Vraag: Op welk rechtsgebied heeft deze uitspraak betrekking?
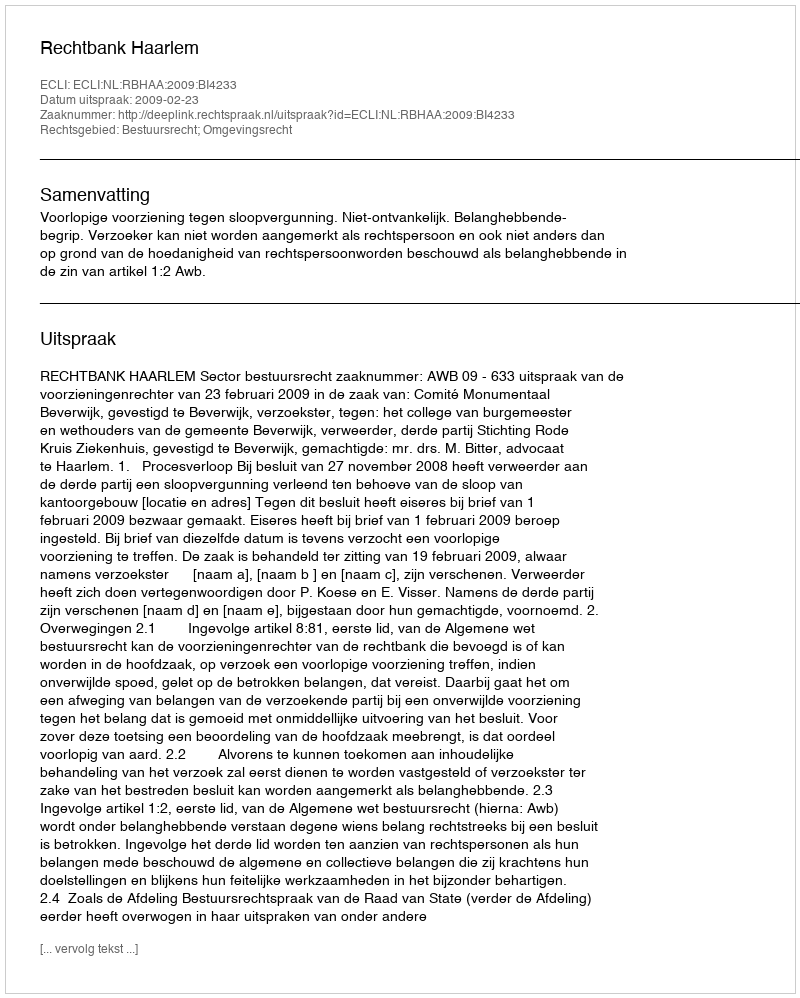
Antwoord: Bestuursrecht; Omgevingsrecht